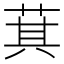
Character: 萁